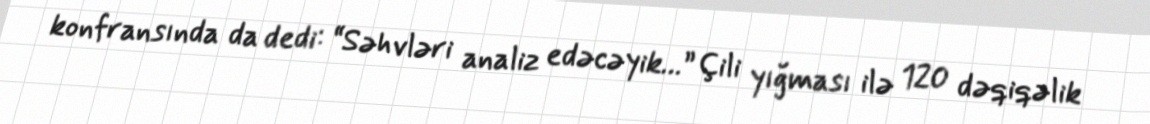
konfransında da dedi: “Səhvləri analiz edəcəyik…” Çili yığması ilə 120 dəqiqəlik